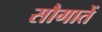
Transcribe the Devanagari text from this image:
सौगातें